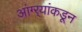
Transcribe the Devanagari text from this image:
आंग्र्‍यांकडून